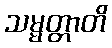
သမ္မတ္တာတိ